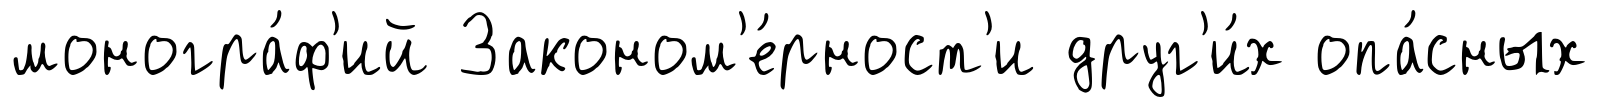
моногра́ф'ий Законом'е́рност'и друг'и́х опа́сных